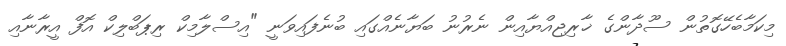
މިކަމާބެހޭގޮތުން ސޫދާންގެ ޚާރިޖިއްޔާއިން ނެރުނު ބަޔާނެއްގައި ބުނެފައިވަނީ "އިސްލާމިކް ރިޕަބްލިކް އޮފް އީރާނާއި